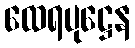
ထေရပုဋ္ဌေန